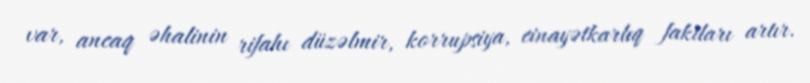
var, ancaq əhalinin rifahı düzəlmir, korrupsiya, cinayətkarlıq faktları artır.